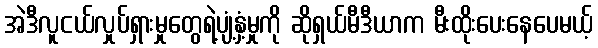
အဲဒီလူငယ်လှုပ်ရှားမှုတွေရဲ့ပျံ့နှံ့မှုကို ဆိုရှယ်မီဒီယာက မီးထိုးပေးနေပေမယ့်